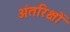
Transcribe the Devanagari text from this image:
अंतरिक्षों